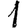
Digit: 1